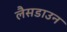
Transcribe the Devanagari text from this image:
लैसडाउन